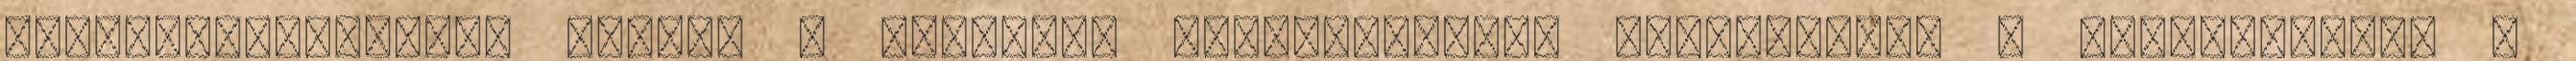
visszakísérhessék azokat a budaörsi hipermarketek parkolójába - tájékoztatta a